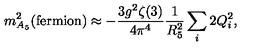
m _ { A _ { 5 } } ^ { 2 } ( \mathrm { f e r m i o n } ) \approx - \frac { 3 g ^ { 2 } \zeta ( 3 ) } { 4 \pi ^ { 4 } } \frac { 1 } { R _ { 5 } ^ { 2 } } \sum _ { i } 2 Q _ { i } ^ { 2 } ,